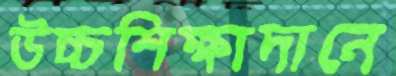
উচ্চশিক্ষাদানে